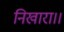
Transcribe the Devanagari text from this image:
निखारा।।